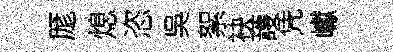
厖熄恣吳絮袂䕶凭巘